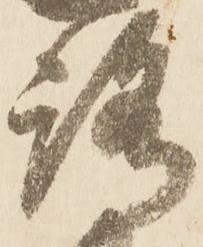
路